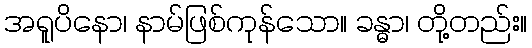
အရူပိနော၊ နာမ်ဖြစ်ကုန်သော။ ခန္ဓာ၊ တို့တည်း။